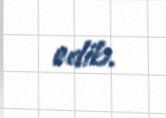
edib.